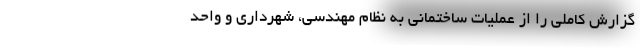
گزارش کاملی را از عملیات ساختمانی به نظام مهندسی، شهرداری و واحد